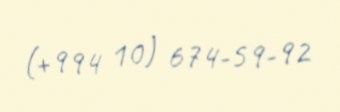
(+994 10) 674-59-92